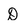
Character: D